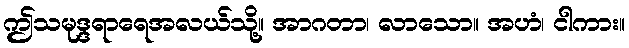
ဤသမုဒ္ဒရာရေအလယ်သို့။ အာဂတာ၊ လာသော။ အဟံ၊ ငါကား။